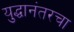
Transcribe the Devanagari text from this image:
युद्धानंतरचा